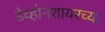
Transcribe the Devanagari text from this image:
डेव्होनशायरच्या